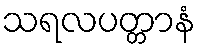
သရလပတ္တာနံ